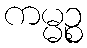
ကမ္မဉ္စ